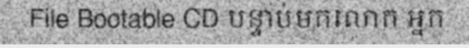
File Bootable CD បន្ទាប់មកលោក អ្នក